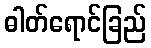
ဓါတ်ရောင်ခြည်